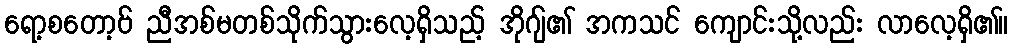
ရော့စတော့ဗ် ညီအစ်မတစ်သိုက်သွားလေ့ရှိသည့် အိုဂျ်၏ အကသင် ကျောင်းသို့လည်း လာလေ့ရှိ၏။